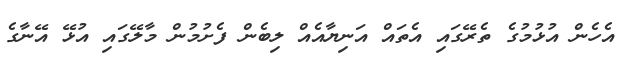
އެހެން އުޅުމުގެ ތެރޭގައި އެތައް އަނިޔާއެއް ލިބެން ފެށުމުން މާލޭގައި އުޅޭ އޭނާގެ